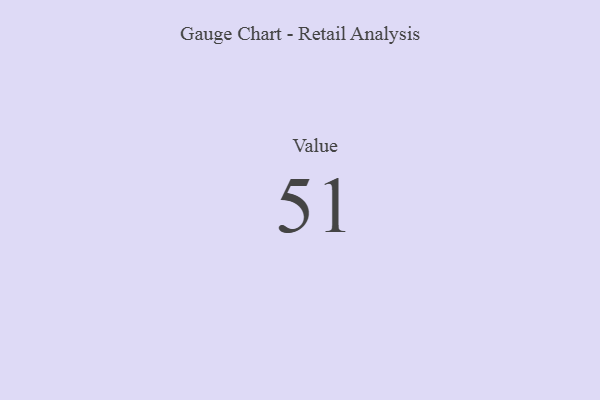
{"axis": {"x": "Metric", "y": "Value"}, "legend": [""], "data": [{"x": "Value", "y": 51, "type": ""}]}